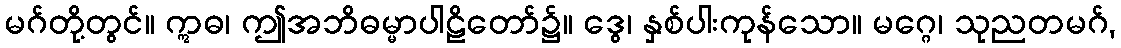
မဂ်တို့တွင်။ ဣဓ၊ ဤအဘိဓမ္မာပါဠိတော်၌။ ဒွေ၊ နှစ်ပါးကုန်သော။ မဂ္ဂေ၊ သုညတမဂ်,